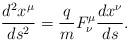
LaTeX: \begin{align*}\frac{d^2x^\mu}{ds^2} = \frac{q}{m}F^\mu_\nu \frac{dx^\nu}{ds}.\end{align*}